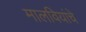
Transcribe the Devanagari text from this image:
मालवियांचे